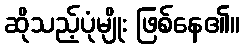
ဆိုသည့်ပုံမျိုး ဖြစ်နေ၏။